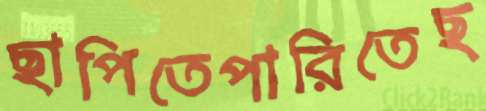
ছাপিতেপারিতেছ